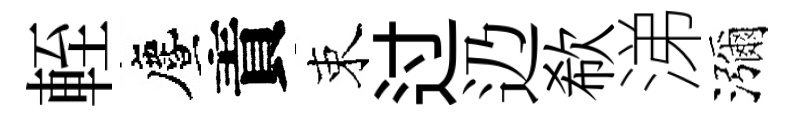
輊󵨌責束过辸欷涕瀰